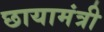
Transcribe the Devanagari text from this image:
छायामंत्री